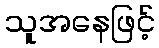
သူအနေဖြင့်